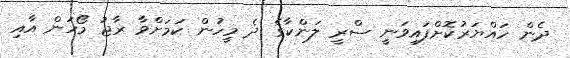
ދެން ހައްޔަރުކޮށްފައިވަނީ ސްރީ ލަންކާގެ ދެ މީހުން ކަމަށްވާ ރާޖު މޯހަން އާއި